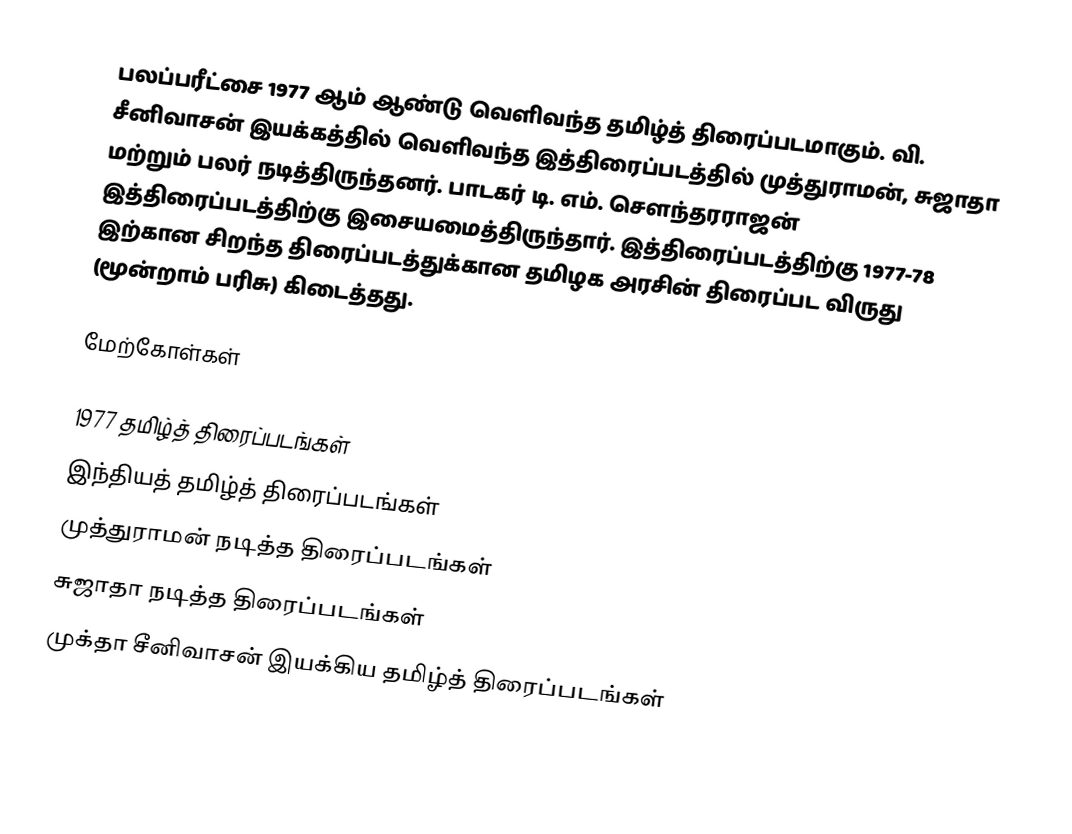
பலப்பரீட்சை 1977 ஆம் ஆண்டு வெளிவந்த தமிழ்த் திரைப்படமாகும். வி. சீனிவாசன் இயக்கத்தில் வெளிவந்த இத்திரைப்படத்தில் முத்துராமன், சுஜாதா மற்றும் பலர் நடித்திருந்தனர். பாடகர் டி. எம். சௌந்தரராஜன் இத்திரைப்படத்திற்கு இசையமைத்திருந்தார். இத்திரைப்படத்திற்கு 1977-78 இற்கான சிறந்த திரைப்படத்துக்கான தமிழக அரசின் திரைப்பட விருது (மூன்றாம் பரிசு) கிடைத்தது.

மேற்கோள்கள்

1977 தமிழ்த் திரைப்படங்கள்
இந்தியத் தமிழ்த் திரைப்படங்கள்
முத்துராமன் நடித்த திரைப்படங்கள்
சுஜாதா நடித்த திரைப்படங்கள்
முக்தா சீனிவாசன் இயக்கிய தமிழ்த் திரைப்படங்கள்